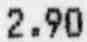
2.90